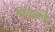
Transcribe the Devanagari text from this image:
दिखलाएँ